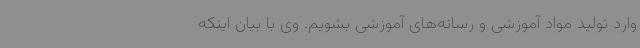
وارد تولید مواد آموزشی و رسانه‌های آموزشی بشویم. وی با بیان اینکه